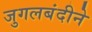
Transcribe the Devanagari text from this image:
जुगलबंदीने